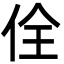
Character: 佺